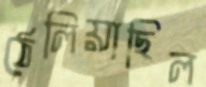
ঠেলিয়াছিল